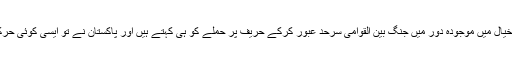
میں: میرے خیال میں موجودہ دور میں جنگ بین القوامی سرحد عبور کرکے حریف پر حملے کو ہی کہتے ہیں اور پاکستان نے تو ایسی کوئی حرکت نہیں کی۔